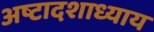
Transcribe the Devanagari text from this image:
अष्टादशाध्याय